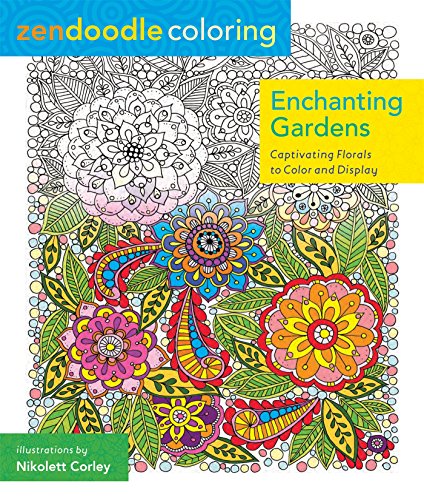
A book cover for Zendoodle Coloring: Enchanting Gardens: Captivating Florals to Color and Display; Nikolett Corley; Crafts, Hobbies & Home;